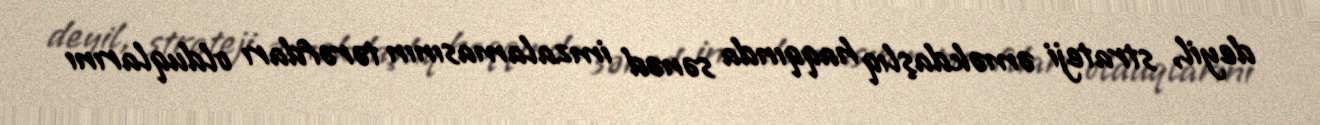
deyil, strateji əməkdaşlıq haqqında sənəd imzalamasının tərəfdarı olduqlarını